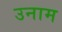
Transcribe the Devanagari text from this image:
उनाम